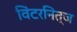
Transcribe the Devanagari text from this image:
विंटरनित्ज